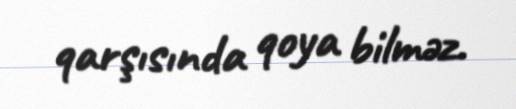
qarşısında qoya bilməz.